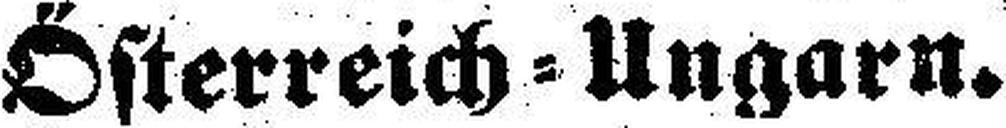
Österreich = Ungarn.